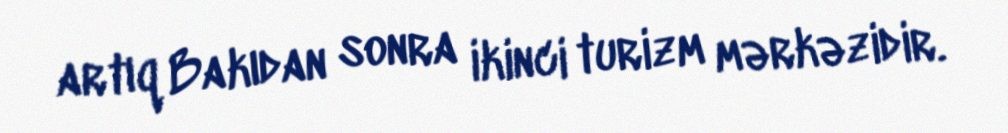
artıq Bakıdan sonra ikinci turizm mərkəzidir.